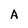
Character: A